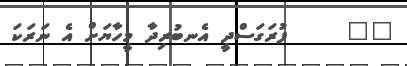
١٧     ފުރަގަސްދީ އެނބުރިދާ މީހާޔަށް އެ ނަރަކަ